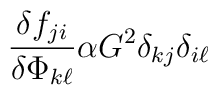
\frac{\delta f_{ji}}{\delta \Phi_{k \ell}} \alpha G^2 \delta_{kj} \delta_{i\ell}